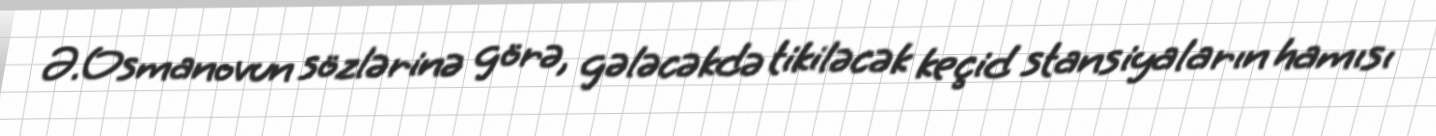
Ə.Osmanovun sözlərinə görə, gələcəkdə tikiləcək keçid stansiyaların hamısı